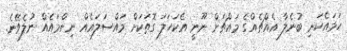
ހަމައެކަނި ބުނެލާ އެއްޗެއްގެ މައްޗަށް ނޫނީ އެކަހަލަ ގޮތަކަށް މައްސަލައެއް ނިންމައެއް ނުލެވޭނެ.